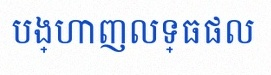
បង្ហាញលទ្ធផល